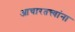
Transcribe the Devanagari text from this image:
आचारतत्त्वांना